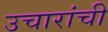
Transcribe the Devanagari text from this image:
उचारांची